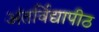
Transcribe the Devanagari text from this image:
अंतर्विद्यापीठ